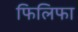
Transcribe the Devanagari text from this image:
फिलिफा